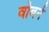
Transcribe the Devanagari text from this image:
वोबर्न